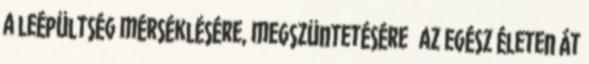
a leépültség mérséklésére, megszüntetésére  az egész életen át